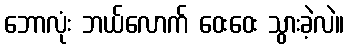
ဘောလုံး ဘယ်လောက် ဝေးဝေး သွားခဲ့လဲ။